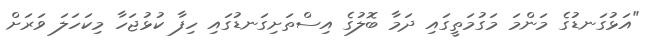
"އަޅުގަނޑުގެ މަންމަ މަގުމަތީގައި ދަމާ ބޮލުގެ އިސްތަށިގަނޑުގައި ހިފާ ކުޅުޖަހާ މިކަހަލަ ވަރަށް